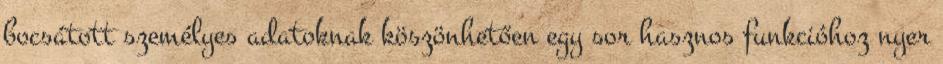
bocsátott személyes adatoknak köszönhetően egy sor hasznos funkcióhoz nyer